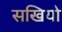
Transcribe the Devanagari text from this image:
सखियो